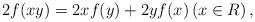
LaTeX: \begin{align*} 2f(xy)=2xf(y)+2yf(x) \left(x\in R\right), \end{align*}